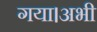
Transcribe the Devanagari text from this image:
गया।अभी